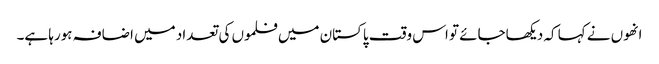
انھوں نے کہا کہ دیکھاجائے تو اس وقت پاکستان میں فلموں کی تعداد میں اضافہ ہورہا ہے۔